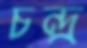
চন্দ্র